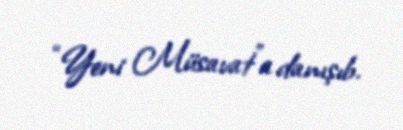
“Yeni Müsavat”a danışıb.